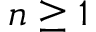
n \geq 1